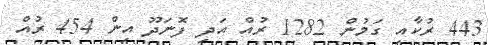
443 ރުކާއި ގަމުން 1282 ރުއް އަދި ފޮނަދޫ އިން 454 ރުއް